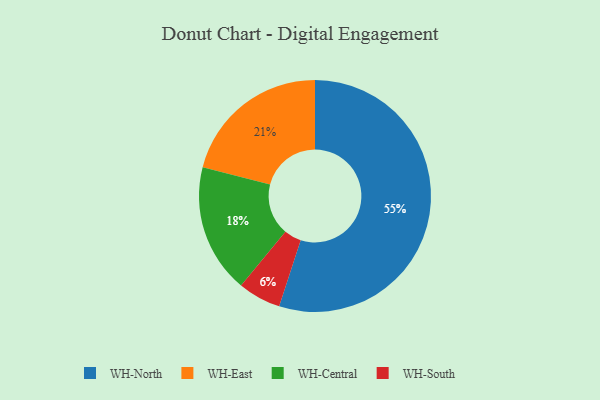
{"axis": {"x": "Category", "y": "Percentage"}, "legend": ["WH-Central", "WH-East", "WH-North", "WH-South"], "data": [{"x": "WH-Central", "y": 18, "type": "WH-Central"}, {"x": "WH-East", "y": 21, "type": "WH-East"}, {"x": "WH-North", "y": 55, "type": "WH-North"}, {"x": "WH-South", "y": 6, "type": "WH-South"}]}